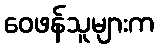
ဝေဖန်သူများက